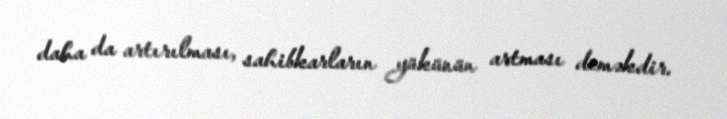
daha da artırılması, sahibkarların yükünün artması deməkdir.